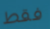
فقط